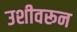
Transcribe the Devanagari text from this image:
उशीवरून